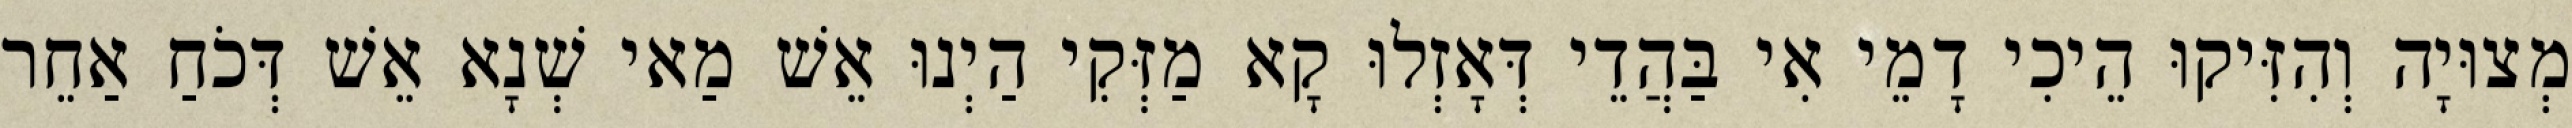
מְצוּיָה וְהִזִּיקוּ הֵיכִי דָמֵי אִי בַּהֲדֵי דְּאָזְלוּ קָא מַזְּקִי הַיְנוּ אֵשׁ מַאי שְׁנָא אֵשׁ דְּכֹחַ אַחֵר